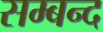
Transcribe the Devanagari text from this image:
सम्बन्द